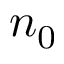
n _ { 0 }